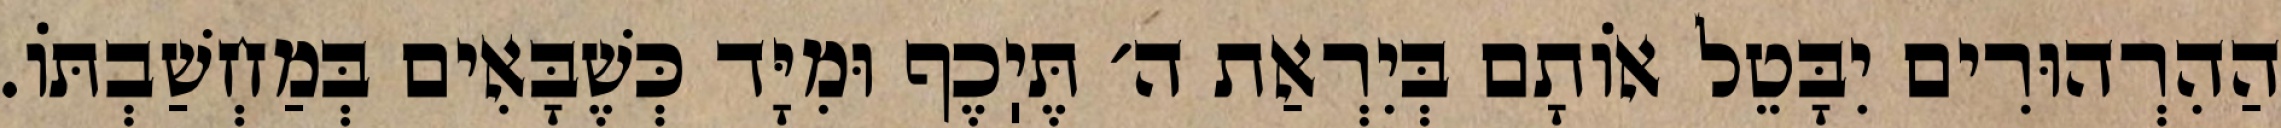
הַהִרְהוּרִים יִבָּטֵל אוֹתָם בְּיִרְאַת ה׳ תֶּיֽכֶף וּמִיָּד כְּשֶׁבָּאִים בְּמַחְשַׁבְתּוֹ.